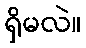
ရှိမလဲ။